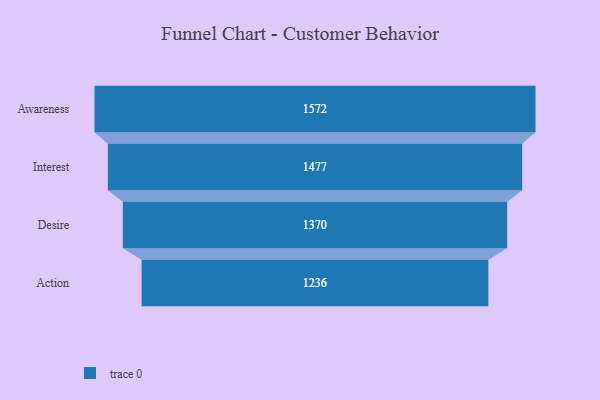
{"axis": {"x": "Stage", "y": "Value"}, "legend": [""], "data": [{"x": "Awareness", "y": 1572.0, "type": ""}, {"x": "Interest", "y": 1477.0, "type": ""}, {"x": "Desire", "y": 1370.0, "type": ""}, {"x": "Action", "y": 1236.0, "type": ""}]}